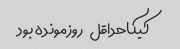
کیکا‌حداقل   روز‌مونده بود